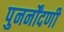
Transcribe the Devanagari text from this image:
पुनर्नोंदणी